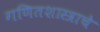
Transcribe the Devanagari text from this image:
गणितशास्त्राचे